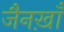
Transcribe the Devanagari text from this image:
जैनख़ाँ